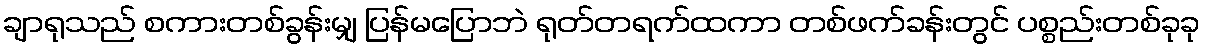
ချာရုသည် စကားတစ်ခွန်းမျှ ပြန်မပြောဘဲ ရုတ်တရက်ထကာ တစ်ဖက်ခန်းတွင် ပစ္စည်းတစ်ခုခု